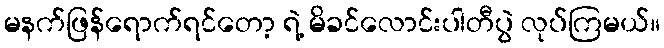
မနက်ဖြန်ရောက်ရင်တော့ ရဲ့ မိခင်လောင်းပါတီပွဲ လုပ်ကြမယ်။